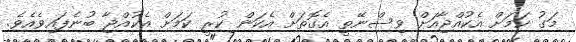
މަގު ކަމަށް އެކުއްޖާއަށް ވިސްނޭތީ އެގޮތަށް އެކަން ކުރީ ކަމަށް އެކުއްޖާ ބުނެފައިވެއެވެ.